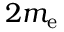
2 m _ { \mathrm { e } }